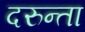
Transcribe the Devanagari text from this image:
दरुन्ता